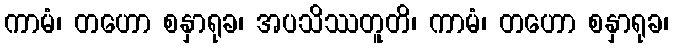
ကာမံ၊ တဟော စနှာရုခ၊ အပသိဿတူတိ၊ ကာမံ၊ တဟော စနှာရုခ၊